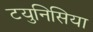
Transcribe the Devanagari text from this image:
टयुनिसिया